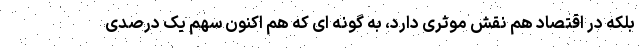
بلکه در اقتصاد هم نقش موثری دارد، به گونه ای که هم اکنون سهم یک درصدی